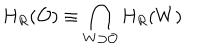
H _ { R } ( { \cal O } ) \equiv \bigcap _ { W \supset { \cal O } } H _ { R } ( W )